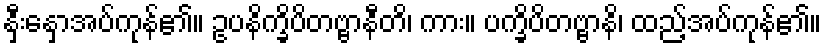
နှီးနှောအပ်ကုန်၏။ ဥပနိက္ခိပိတဗ္ဗာနီတိ၊ ကား။ ပက္ခိပိတဗ္ဗာနိ၊ ထည့်အပ်ကုန်၏။